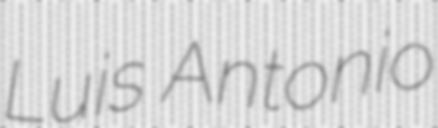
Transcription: Luis Antonio